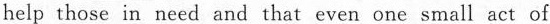
help those in need and that even one small act of